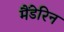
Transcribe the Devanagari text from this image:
मैंडेरिन